Report of an investigation into the causes of malaria in Bombay and the measures necessary for its control
Disease focus: Malaria
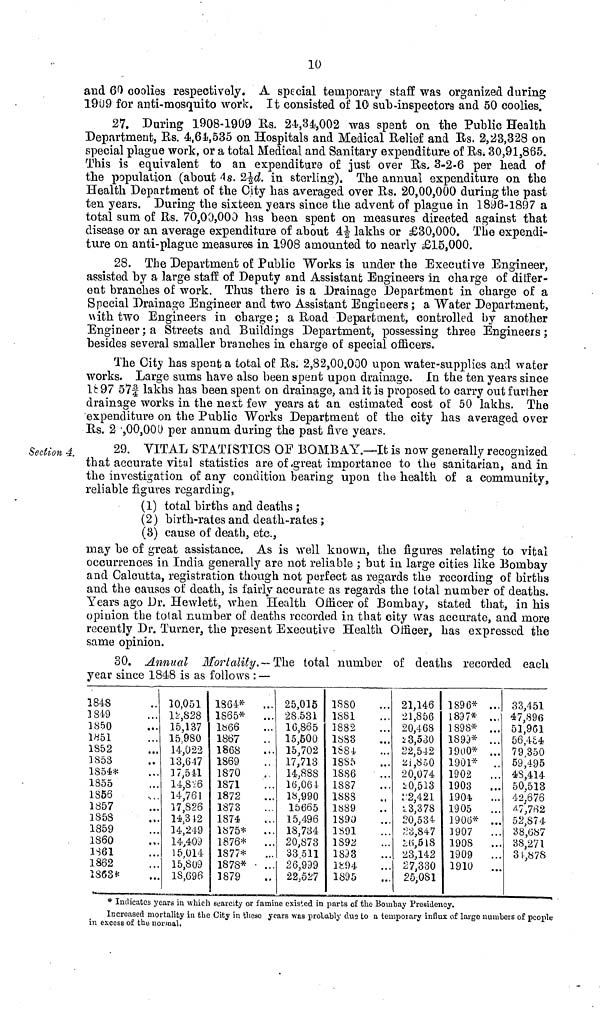
10
and 60 coolies respectively. A special temporary staff was organized during
1909 for anti-mosquito work. It consisted of 10 sub-inspectors and 50 coolies.
27. During 1908-1909 Rs. 24,34,002 was spent on the Public Health
Department, Rs. 4,64,535 on Hospitals and Medical Relief and Rs. 2,23,328 on
special plague work, or a total Medical and Sanitary expenditure of Rs. 30,91,865.
This is equivalent to an expenditure of just over Rs. 3-2-6 per head of
the population (about As. 21/2d in sterling). The annual expenditure on the
Health Department of the City has averaged over Rs. 20,00,000 during the past
ten years. During the sixteen years since the advent of plague in 1896-1897 a
total sum of Rs. 70,00,000 has been spent on measures directed against that
disease or an average expenditure of about 41/2 lakhs or £30,000. The expendi-
ture on anti-plague measures in 1908 amounted to nearly £15,000.
28. The Department of Public Works is under the Executive Engineer,
assisted by a large staff of Deputy and Assistant Engineers in charge of differ-
ent branches of work. Thus there is a Drainage Department in charge of a
Special Drainage Engineer and two Assistant Engineers ; a Water Department,
v\ith two Engineers in charge; a Road Department, controlled by another
Engineer ; a Streets and Buildings Department, possessing three Engineers ;
besides several smaller branches in charge of special officers.
The City has spent a total of Rs. 2,82,00.000 upon water-supplies and water
works. Large sums have also been spent upon drainage. In the ten years since
1897 57f lakhs has been spent on drainage, and it is proposed to carry out further
drainage works in the nest few years at an estimated cost of 50 lakhs. The
expenditure on the Public Works Department of the city has averaged over
Rs. 2 ,00,000 per annum during the past five years.
Section 4.
29. VITAL STATISTICS OF BOMBAY.—It is now generally recognized
that accurate vital statistics are of great importance to the sanitarian, and in
the investigation of any condition bearing upon the health of a community,
reliable figures regarding,
(1) total births and deaths ;
(2) birth-rates and death-rates ;
(3) cause of death, etc.,
may be of great assistance. As is well known, the figures relating to vital
occurrences in India generally are not reliable ; but in large cities like Bombay
and Calcutta, registration though not perfect as regards the recording of births
and the causes of death, is fairly accurate as regards the total number of deaths.
Years ago Dr. Hewlett, when Health Officer of Bombay, stated that, in his
opinion the total number of deaths recorded in that city was accurate, and more
recently Dr. Turner, the present Executive Health Officer, has expressed the
same opinion.
30. Annual Mortality.— The total number of deaths recorded each
year since 1848 is as follows : —
1848
1849
1850
i«51
1S52
1S53
1854*
1855
1856
1857
185S
1859
1S60
1S61
1862
Î868*
10,051
U,S28
15,137
15.980
14,022
13,647
17,541
14^6
14,761
17,826
14.3 42
14,249
14,409
15,014
15,809
1S,G96
1864* ...
1865*
Ib66
1867
1868
1869
1870
1871
1872
1873
1874
1875*
1876* ...
1877*
1878* • ...
1879
25,015
28.531
10,865
15,500
15,702
.17,713
14,888
lö,064
18,990
15665
15,496
18,734
20,873
33,511
26,999
22,527
1880
1881
1882
1883
1884
1885
1S86
1S87
188S
1S89
1890
1891
1S92
1833
î!r:94
1895
21,146
21,856
20,468
* 3,530
22,542
2i,S50
20,074
*0,513
r2,421
i 3,3 78
20,534
23,847
10,618
23,142
27,330
25,081
1896* ...
1897* ..,•
1898* ...
189J* ...
1900* ...
1901* ..
1902
1903
1904
1905
1906* ...
1907
1908
1909 ...
1910 ...
33,451
47,896
51,901
56,4£4
79,350
59,495
43,414
50,513
42.676
¿7>fi2
52,874
38,687
38,271
31,878
* Indicates years in which scarcity or famine existed in parts of the Bombay Presidency.
Increased mortality in the City in these years was probably dus to a temporary influx of large numbers of people
in excess of the normal.